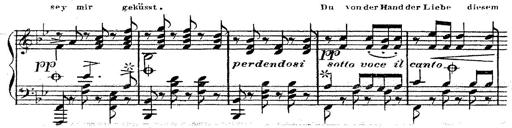
Title: 12 Lieder von Franz Schubert
Composer: Franz Liszt